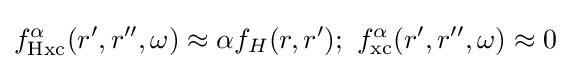
{\textstyle f_{\text{Hxc}}^{\alpha }(r',r'',\omega )\approx \alpha f_{H}(r,r');~f_{\text{xc}}^{\alpha }(r',r'',\omega )\approx 0}